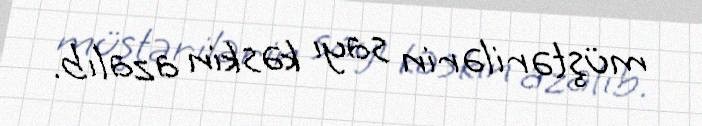
müştərilərin sayı kəskin azalıb.